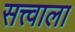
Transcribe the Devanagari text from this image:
सत्त्वाला